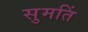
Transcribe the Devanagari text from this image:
सुमतिं